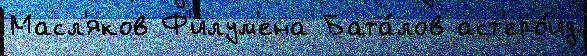
Масл'яков Ф'илум'ена Бата́лов аст'еро́ид